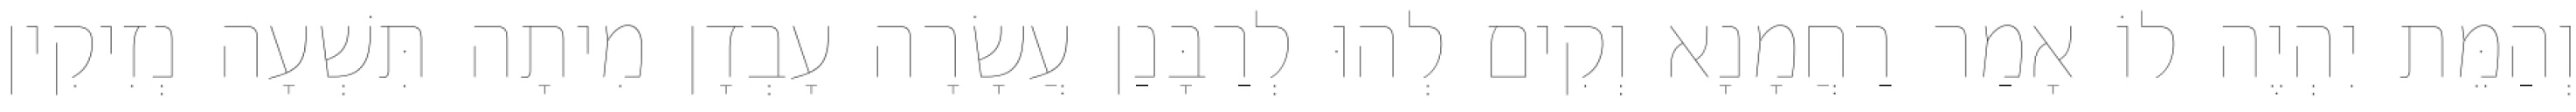
וְהַמֵּת יִהְיֶה לוֹ אָמַר רַחֲמָנָא וְקִים לְהוּ לְרַבָּנַן עֲשָׂרָה עָבְדָן מִיתָה תִּשְׁעָה נְזִיקִין